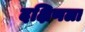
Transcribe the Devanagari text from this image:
दक्षिणला